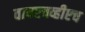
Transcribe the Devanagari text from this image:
वायएचव्हीएच